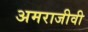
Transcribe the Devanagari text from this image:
अमराजीवी